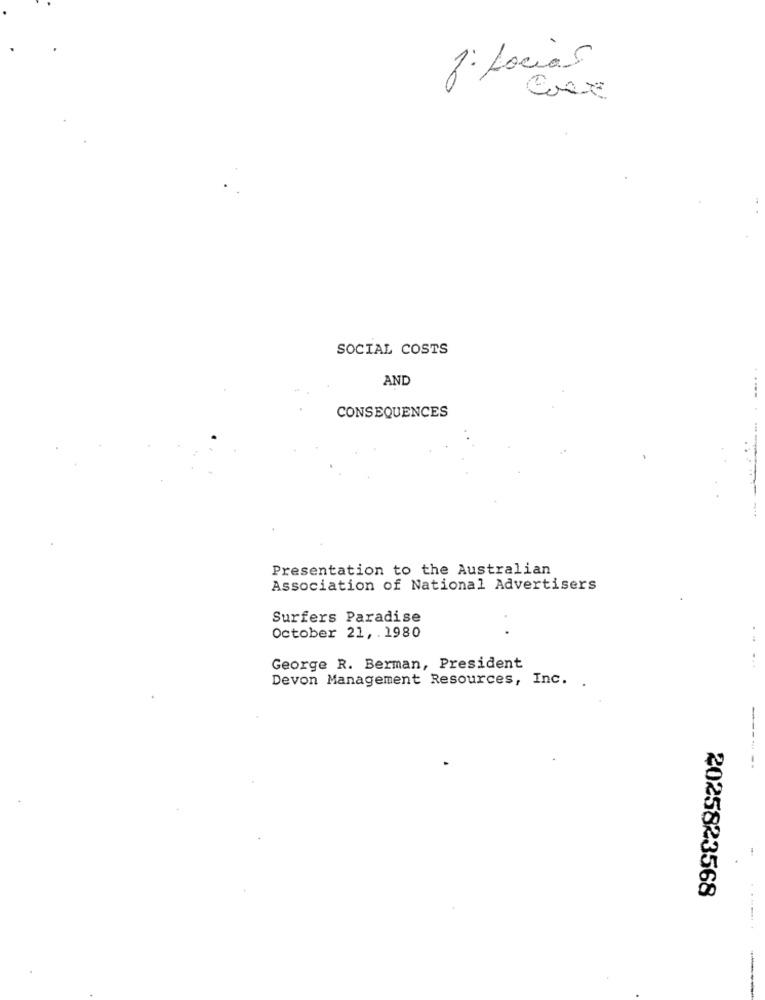
2. Locias
SOCIAL COSTS
AND
CONSEQUENCES
Presentation to the Australian
Association of National Advertisers
Surfers Paradise
October 21, . 1980
George R. Berman, President
...
Devon Management Resources, Inc.
-
--
2025823568